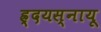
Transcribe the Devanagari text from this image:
ह्र्दयस्नायू